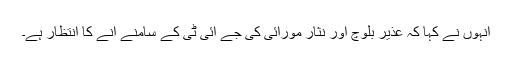
انہوں نے کہا کہ عذیر بلوچ اور نثار مورائی کی جے آئی ٹی کے سامنے آنے کا انتظار ہے۔